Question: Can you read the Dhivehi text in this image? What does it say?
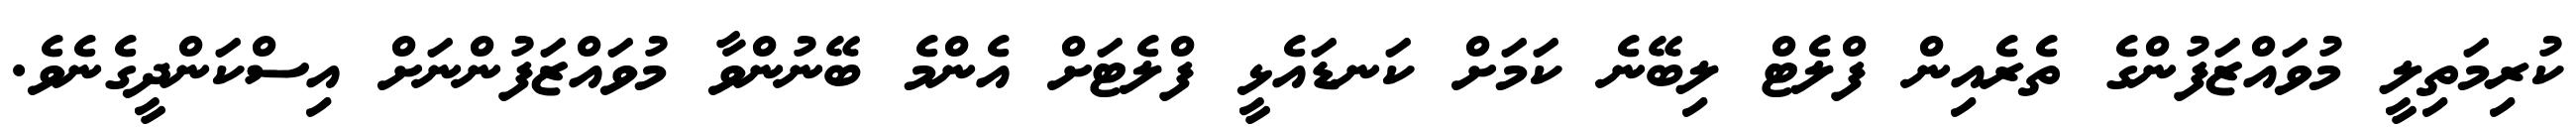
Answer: ކުރިމަތިލީ މުވައްޒަފުންގެ ތެރެއިން ފްލެޓް ލިބޭނެ ކަމަށް ކަނޑައެޅީ ފްލެޓަށް އެންމެ ބޭނުންވާ މުވައްޒަފުންނަށް އިސްކަންދީގެނެވެ.